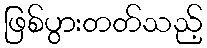
ဖြစ်ပွားတတ်သည့်